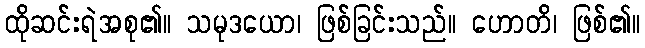
ထိုဆင်းရဲအစု၏။ သမုဒယော၊ ဖြစ်ခြင်းသည်။ ဟောတိ၊ ဖြစ်၏။